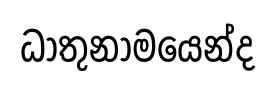
ධාතුනාමයෙන්ද